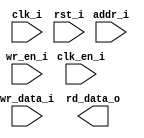
/*******************************************************************************
    Verilog netlist generated by IPGEN Lattice Radiant Software (64-bit)
    3.1.0.43.2
    Soft IP Version: 1.3.0
    2022 03 22 11:06:15
*******************************************************************************/
/*******************************************************************************
    Wrapper Module generated per user settings.
*******************************************************************************/
module rom_himax_cfg_lcd (clk_i, rst_i, clk_en_i, wr_en_i, wr_data_i, addr_i,
    rd_data_o)/* synthesis syn_black_box syn_declare_black_box=1 */;
    input  clk_i;
    input  rst_i;
    input  clk_en_i;
    input  wr_en_i;
    input  [15:0]  wr_data_i;
    input  [7:0]  addr_i;
    output  [15:0]  rd_data_o;
endmodule